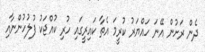
ދެން ރަށުން އޭނަ ހައްޔަރު ކުރީމަ އެތާ ކައިރީގައި ހުރި ކުއްޖަކު ފުލުހުންނާއި